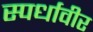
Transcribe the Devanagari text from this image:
स्पर्धावीर